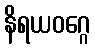
နိရယဝဂ္ဂေ